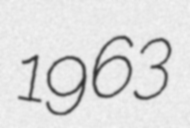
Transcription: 1963